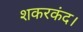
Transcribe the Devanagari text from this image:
शकरकंद।